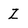
Character: Z